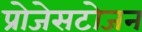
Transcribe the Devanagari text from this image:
प्रोजेसटोजन